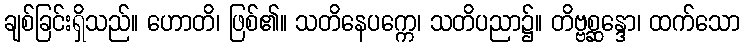
ချစ်ခြင်းရှိသည်။ ဟောတိ၊ ဖြစ်၏။ သတိနေပက္ကေ၊ သတိပညာ၌။ တိဗ္ဗစ္ဆန္ဒော၊ ထက်သော